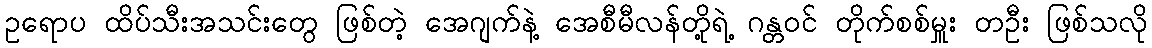
ဥရောပ ထိပ်သီးအသင်းတွေ ဖြစ်တဲ့ အေဂျက်နဲ့ အေစီမီလန်တို့ရဲ့ ဂန္တဝင် တိုက်စစ်မှူး တဦး ဖြစ်သလို